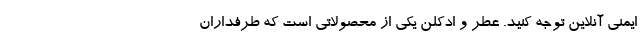
ایمنی آنلاین توجه کنید. عطر و ادکلن یکی از محصولاتی است که طرفداران